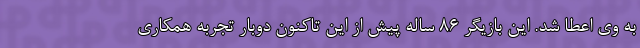
به وی اعطا شد. این بازیگر ۸۶ ساله پیش از این تاکنون دوبار تجربه همکاری